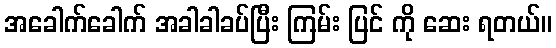
အခေါက်ခေါက် အခါခါခပ်ပြီး ကြမ်း ပြင် ကို ဆေး ရတယ်။